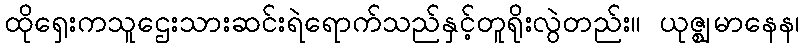
ထိုရှေးကသူဌေးသားဆင်းရဲရောက်သည်နှင့်တူရိုးလွဲတည်း။ ယုဇ္ဈမာနေန၊